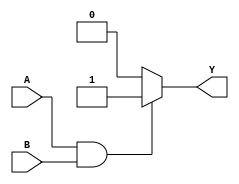
module event_control_example (
    input wire A,        // Input signal A
    input wire B,        // Input signal B
    output reg Y         // Output signal Y
);

// Internal state variable
reg state;

// Event-driven block
always @(A or B) begin
    // Check the state of inputs A and B
    if (A && B) begin
        Y <= 1'b1;      // Set Y to 1 if both A and B are high
        state <= 1;     // Update internal state
    end else if (A && !B) begin
        Y <= 1'b0;      // Set Y to 0 if A is high and B is low
        state <= 0;     // Update internal state
    end else if (!A && B) begin
        Y <= 1'b0;      // Set Y to 0 if A is low and B is high
        state <= 0;     // Update internal state
    end else begin
        Y <= 1'b0;      // Set Y to 0 if both A and B are low
        state <= 0;     // Update internal state
    end
end

endmodule